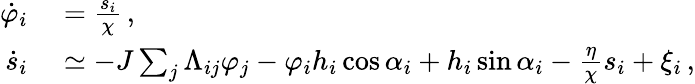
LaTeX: \begin{array}{rl}{\dot{\varphi}_{i}}&{{}=\frac{s_{i}}{\chi}\, ,}\\ {\dot{s}_{i}}&{{}\simeq-J\sum_{j}\Lambda_{ij}\varphi_{j}-\varphi_{i}h_{i}\cos\alpha_{i}+h_{i}\sin\alpha_{i}-\frac{\eta}{\chi}s_{i}+\xi_{i}\, ,}\end{array}